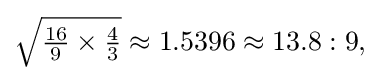
{\textstyle {\sqrt {{\frac {16}{9}}\times {\frac {4}{3}}}}\approx 1.5396\approx 13.8:9,}